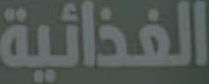
الغذائية